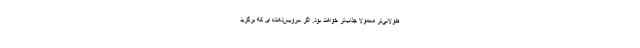
طولانی‌تر معمولا جذاب‌تر خواهند بود. اگر سرویس‌دهنده ای که برگزید